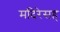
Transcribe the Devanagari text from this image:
मदिरेसह